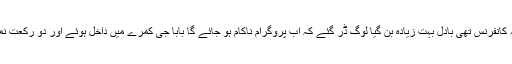
ماسٹر عبدالرزاق بن محمد سلطان آف راجووال بیان کرتے ہیں کہ :ایک دفعہ دارالحدیث کی سالانہ کانفرنس تھی بادل بہت زیادہ بن گیا لوگ ڈر گئے کہ اب پروگرام ناکام ہو جائے گا بابا جی کمرے میں داخل ہوئے اور دو رکعت نماز پڑھی اور اللہ تعالی سے گڑ گڑا کر دعا کی فورا بادل ختم ہوگیا اور بڑا کامیاب پروگرام ہوا ۔